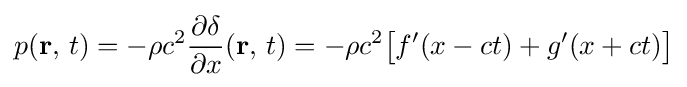
p(\mathbf {r} ,\,t)=-\rho c^{2}{\frac {\partial \delta }{\partial x}}(\mathbf {r} ,\,t)=-\rho c^{2}{\big [}f'(x-ct)+g'(x+ct){\big ]}